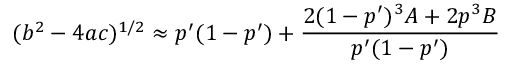
( b ^ { 2 } - 4 a c ) ^ { 1 / 2 } \approx p ^ { \prime } ( 1 - p ^ { \prime } ) + \frac { 2 ( 1 - p ^ { \prime } ) ^ { 3 } A + 2 p ^ { 3 } B } { p ^ { \prime } ( 1 - p ^ { \prime } ) }